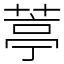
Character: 葶